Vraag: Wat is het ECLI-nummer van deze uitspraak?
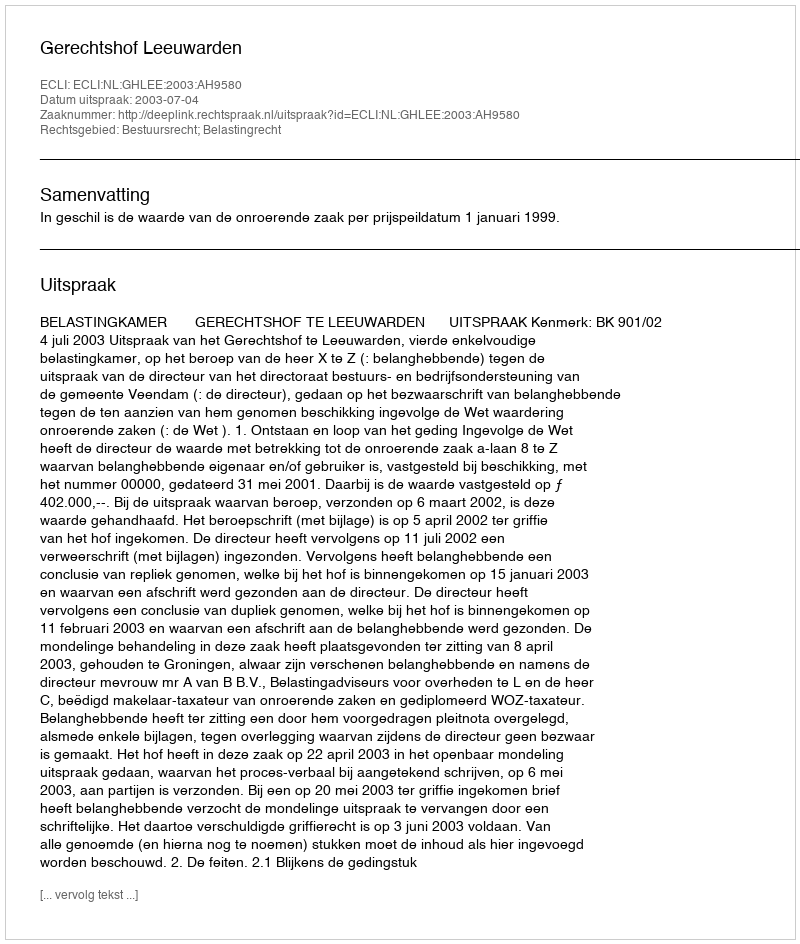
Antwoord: ECLI:NL:GHLEE:2003:AH9580